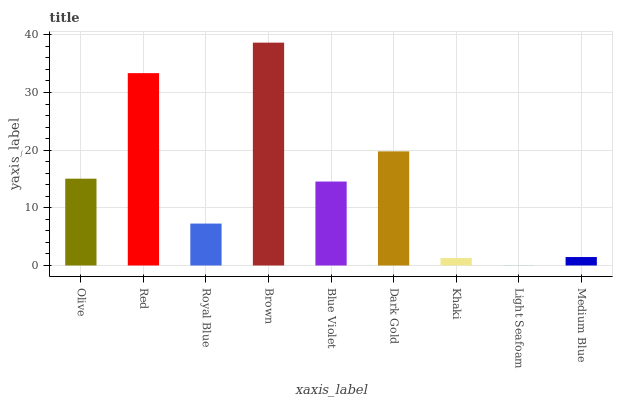
| xaxis_label | bars |
 | --- | --- |
 | Olive | 15.1 |
 | Red | 33.4 |
 | Royal Blue | 7.27 |
 | Brown | 38.6 |
 | Blue Violet | 14.6 |
 | Dark Gold | 19.8 |
 | Khaki | 1.29 |
 | Light Seafoam | 0.0181 |
 | Medium Blue | 1.47 |